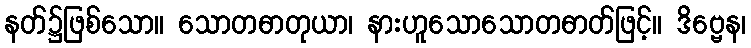
နတ်၌ဖြစ်သော။ သောတဓာတုယာ၊ နားဟူသောသောတဓာတ်ဖြင့်။ ဒိဗ္ဗေန၊